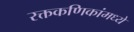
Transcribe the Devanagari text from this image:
रक्तकणिकांमध्ये